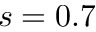
s = 0 . 7